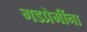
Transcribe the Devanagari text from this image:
गडप्रेमींना